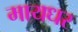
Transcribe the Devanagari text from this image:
मायधर